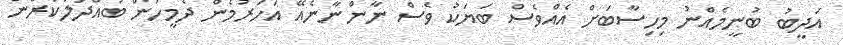
އަދީބު ބުނީމެއްނު މިހިސާބަށް އެއްވެސް ބަޔަކު ވެސް ނާންނާނެއޭ އަހަރުމެން ދެމީހުން ބައްދަލުކުރަން